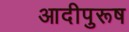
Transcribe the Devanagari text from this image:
आदीपुरूष